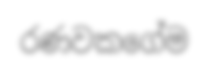
රණවකගේම